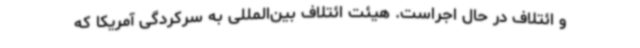
و ائتلاف در حال اجراست. هیئت ائتلاف بین‌المللی به سرکردگی آمریکا که